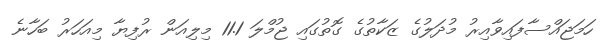
ހަމަޖައްސާފައިވާއިރު މުދަލުގެ ޒަކާތުގެ ގޮތުގައި ޖުމްލަ 11.1 މިލިއަން ރުފިޔާ މިއަހަރު ބަހާނެ